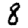
Digit: 8